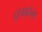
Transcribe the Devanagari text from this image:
तुआरेग